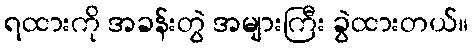
ရထားကို အခန်းတွဲ အများကြီး ခွဲထားတယ်။